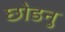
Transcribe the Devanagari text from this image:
छोडनु